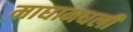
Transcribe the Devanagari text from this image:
माघामधली